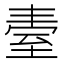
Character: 𦤿